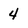
Character: 4